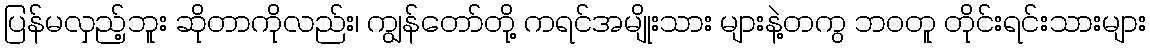
ပြန်မလှည့်ဘူး ဆိုတာကိုလည်း၊ ကျွန်တော်တို့ ကရင်အမျိုးသား များနဲ့တကွ ဘဝတူ တိုင်းရင်းသားများ